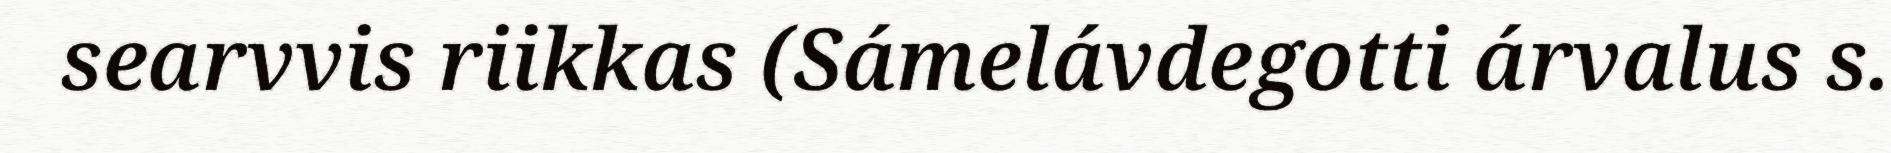
searvvis riikkas (Sámelávdegotti árvalus s.